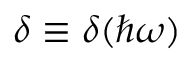
\delta \equiv \delta ( \hbar \omega )